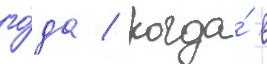
го́да / когда́ в